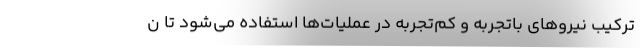
ترکیب نیروهای باتجربه و کم‌تجربه در عملیات‌ها استفاده می‌شود تا ن